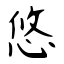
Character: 悠